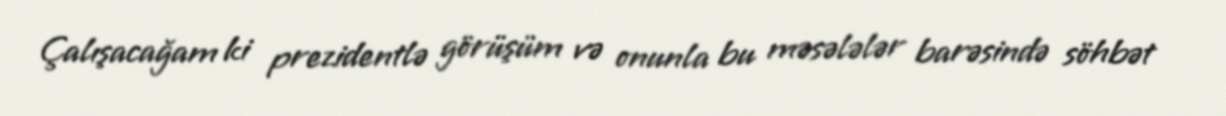
Çalışacağam ki prezidentlə görüşüm və onunla bu məsələlər barəsində söhbət